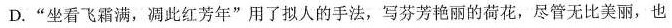
D.”坐看飞霜满，凋此红芳年”用了拟人的手法，写芬芳艳丽的荷花，尽管无比美丽，也